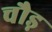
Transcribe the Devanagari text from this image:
चौड़